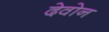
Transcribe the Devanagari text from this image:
देवोन